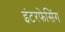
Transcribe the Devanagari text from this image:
इंटरफेसिंग